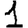
Digit: 1